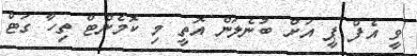
ވީ އެފް ޕީ އަށް ބުނެލަން އޮތީ މި ކޮމެންޓް ތިހާ ގަޓް